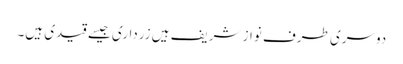
دوسری طرف نواز شریف ہیں زرداری جیسے قیدی ہیں۔